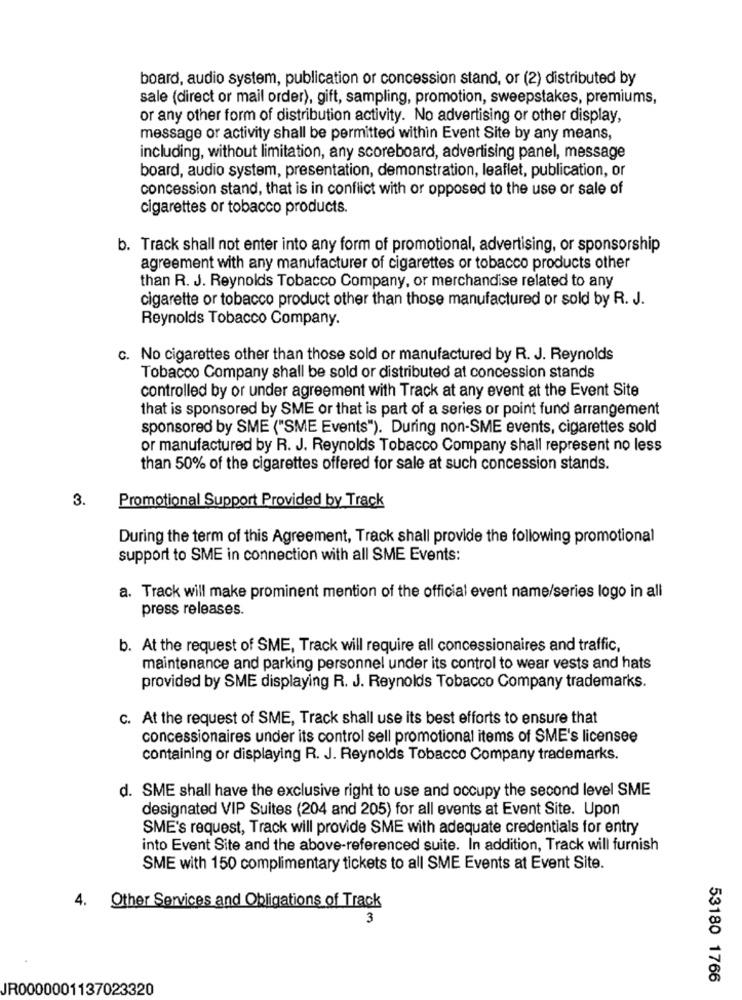
board, audio system, publication or concession stand, or (2) distributed by
sale (direct or mail order), gift, sampling, promotion, sweepstakes, premiums,
or any other form of distribution activity. No advertising or other display,
message or activity shall be permitted within Event Site by any means,
including, without limitation, any scoreboard, advertising panel, message
board, audio system, presentation, demonstration, leaflet, publication, or
concession stand, that is in conflict with or opposed to the use or sale of
cigarettes or tobacco products.
b. Track shall not enter into any form of promotional, advertising, or sponsorship
agreement with any manufacturer of cigarettes or tobacco products other
than R. J. Reynolds Tobacco Company, or merchandise related to any
cigarette or tobacco product other than those manufactured or sold by R. J.
Reynolds Tobacco Company.
c. No cigarettes other than those sold or manufactured by R. J. Reynolds
Tobacco Company shall be sold or distributed at concession stands
controlled by or under agreement with Track at any event at the Event Site
that is sponsored by SME or that is part of a series or point fund arrangement
sponsored by SME ("SME Events"). During non-SME events, cigarettes sold
or manufactured by R. J. Reynolds Tobacco Company shall represent no less
than 50% of the cigarettes offered for sale at such concession stands.
3.
Promotional Support Provided by Track
During the term of this Agreement, Track shall provide the following promotional
support to SME in connection with all SME Events:
a. Track will make prominent mention of the official event name/series logo in all
press releases.
b. At the request of SME, Track will require all concessionaires and traffic,
maintenance and parking personnel under its control to wear vests and hats
provided by SME displaying R. J. Reynolds Tobacco Company trademarks.
C. At the request of SME, Track shall use its best efforts to ensure that
concessionaires under its control sell promotional items of SME's licensee
containing or displaying R. J. Reynolds Tobacco Company trademarks.
d. SME shall have the exclusive right to use and occupy the second level SME
designated VIP Suites (204 and 205) for all events at Event Site. Upon
SME's request, Track will provide SME with adequate credentials for entry
into Event Site and the above-referenced suite. In addition, Track will furnish
SME with 150 complimentary tickets to all SME Events at Event Site.
4. Other Services and Obligations of Track
3
53180 1766
JR0000001137023320